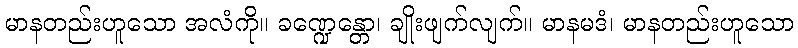
မာနတည်းဟူသော အလံကို။ ခဏ္ဍေန္တော၊ ချိုးဖျက်လျက်။ မာနမဒံ၊ မာနတည်းဟူသော